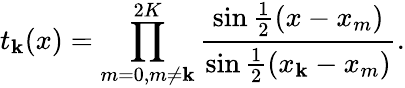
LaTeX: t_{\mathbf{k}}(x)=\prod_{m=0,m\neq\mathbf{k}}^{2K}{\frac{{\sin{\frac{{1}}{{2}}}(x-x_{m})}}{{\sin{\frac{{1}}{{2}}}(x_{\mathbf{k}}-x_{m})}}}.